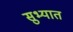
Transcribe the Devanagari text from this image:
सुभ्यात